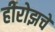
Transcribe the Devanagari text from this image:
हीरोझचे